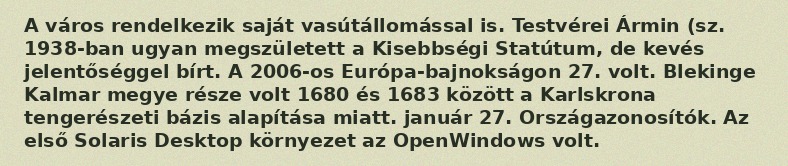
A város rendelkezik saját vasútállomással is. Testvérei Ármin (sz. 1938-ban ugyan megszületett a Kisebbségi Statútum, de kevés jelentőséggel bírt. A 2006-os Európa-bajnokságon 27. volt. Blekinge Kalmar megye része volt 1680 és 1683 között a Karlskrona tengerészeti bázis alapítása miatt. január 27. Országazonosítók. Az első Solaris Desktop környezet az OpenWindows volt.